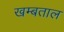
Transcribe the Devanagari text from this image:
खम्बताल